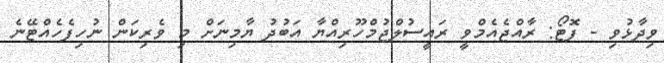
ވިދާޅުވި - ފޮޓޯ: ރާއްޖެއެމްވީ ރައީސުލްޖުމްހޫރިއްޔާ އަބުދު ޔާމިނަށް މި ވެރިކަން ނުހިފެހެއްޓޭނެ